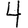
Digit: 4